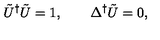
\tilde { U } ^ { \dag } \tilde { U } = 1 , \qquad \Delta ^ { \dag } \tilde { U } = 0 ,